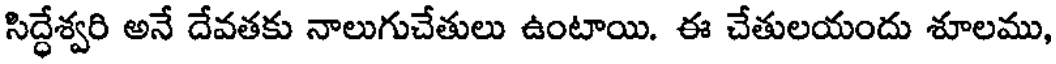
సిద్ధేశ్వరి అనే దేవతకు నాలుగుచేతులు ఉంటాయి. ఈ చేతులయందు శూలము,